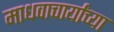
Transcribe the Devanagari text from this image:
माधवाचार्यांच्या